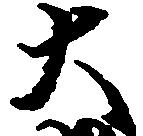
大